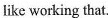
like working that.